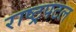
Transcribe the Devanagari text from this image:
राष्ट्रपटल